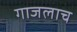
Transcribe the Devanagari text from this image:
गाजलाच